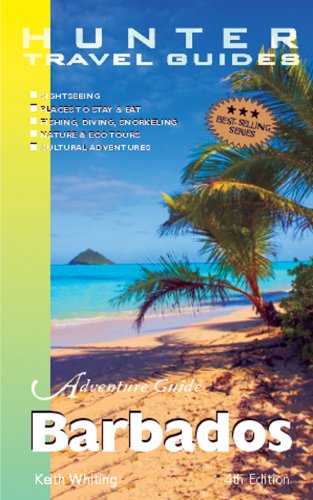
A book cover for Adventure Guide Barbados (Adventure Guide to Barbados) (Adventure Guide to Barbados); Keith Whiting; Travel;